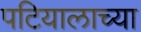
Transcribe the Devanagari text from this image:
पटियालाच्या